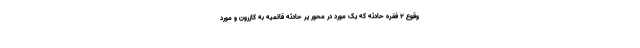
وقوع ۲ فقره حادثه که یک مورد در محور پر حادثه قائمیه به کازرون و مورد